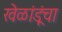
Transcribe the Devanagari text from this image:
खेळांडूंचा